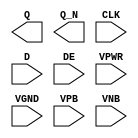
module sky130_fd_sc_hd__edfxbp (
    Q   ,
    Q_N ,
    CLK ,
    D   ,
    DE  ,
    VPWR,
    VGND,
    VPB ,
    VNB
);

    output Q   ;
    output Q_N ;
    input  CLK ;
    input  D   ;
    input  DE  ;
    input  VPWR;
    input  VGND;
    input  VPB ;
    input  VNB ;
endmodule